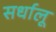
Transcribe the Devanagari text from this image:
सर्धालू